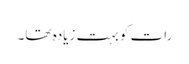
رات کو بہت زیادہ تھا۔